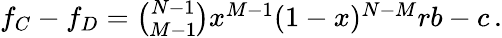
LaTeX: \begin{array}{r}{f_{C}-f_{D}=\binom{N-1}{M-1}x^{M-1}(1-x)^{N-M}rb-c\, .}\end{array}